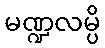
မဏ္ဍလမ္ပိ